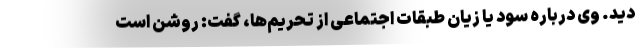
دید. وی درباره سود یا زیان طبقات اجتماعی از تحریم‌ها، گفت: روشن است